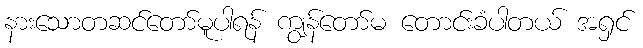
နားသောတဆင်တော်မူပါရန် ကျွန်တော်မ တောင်းခံပါတယ် အရှင်